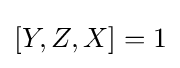
[Y,Z,X]=1